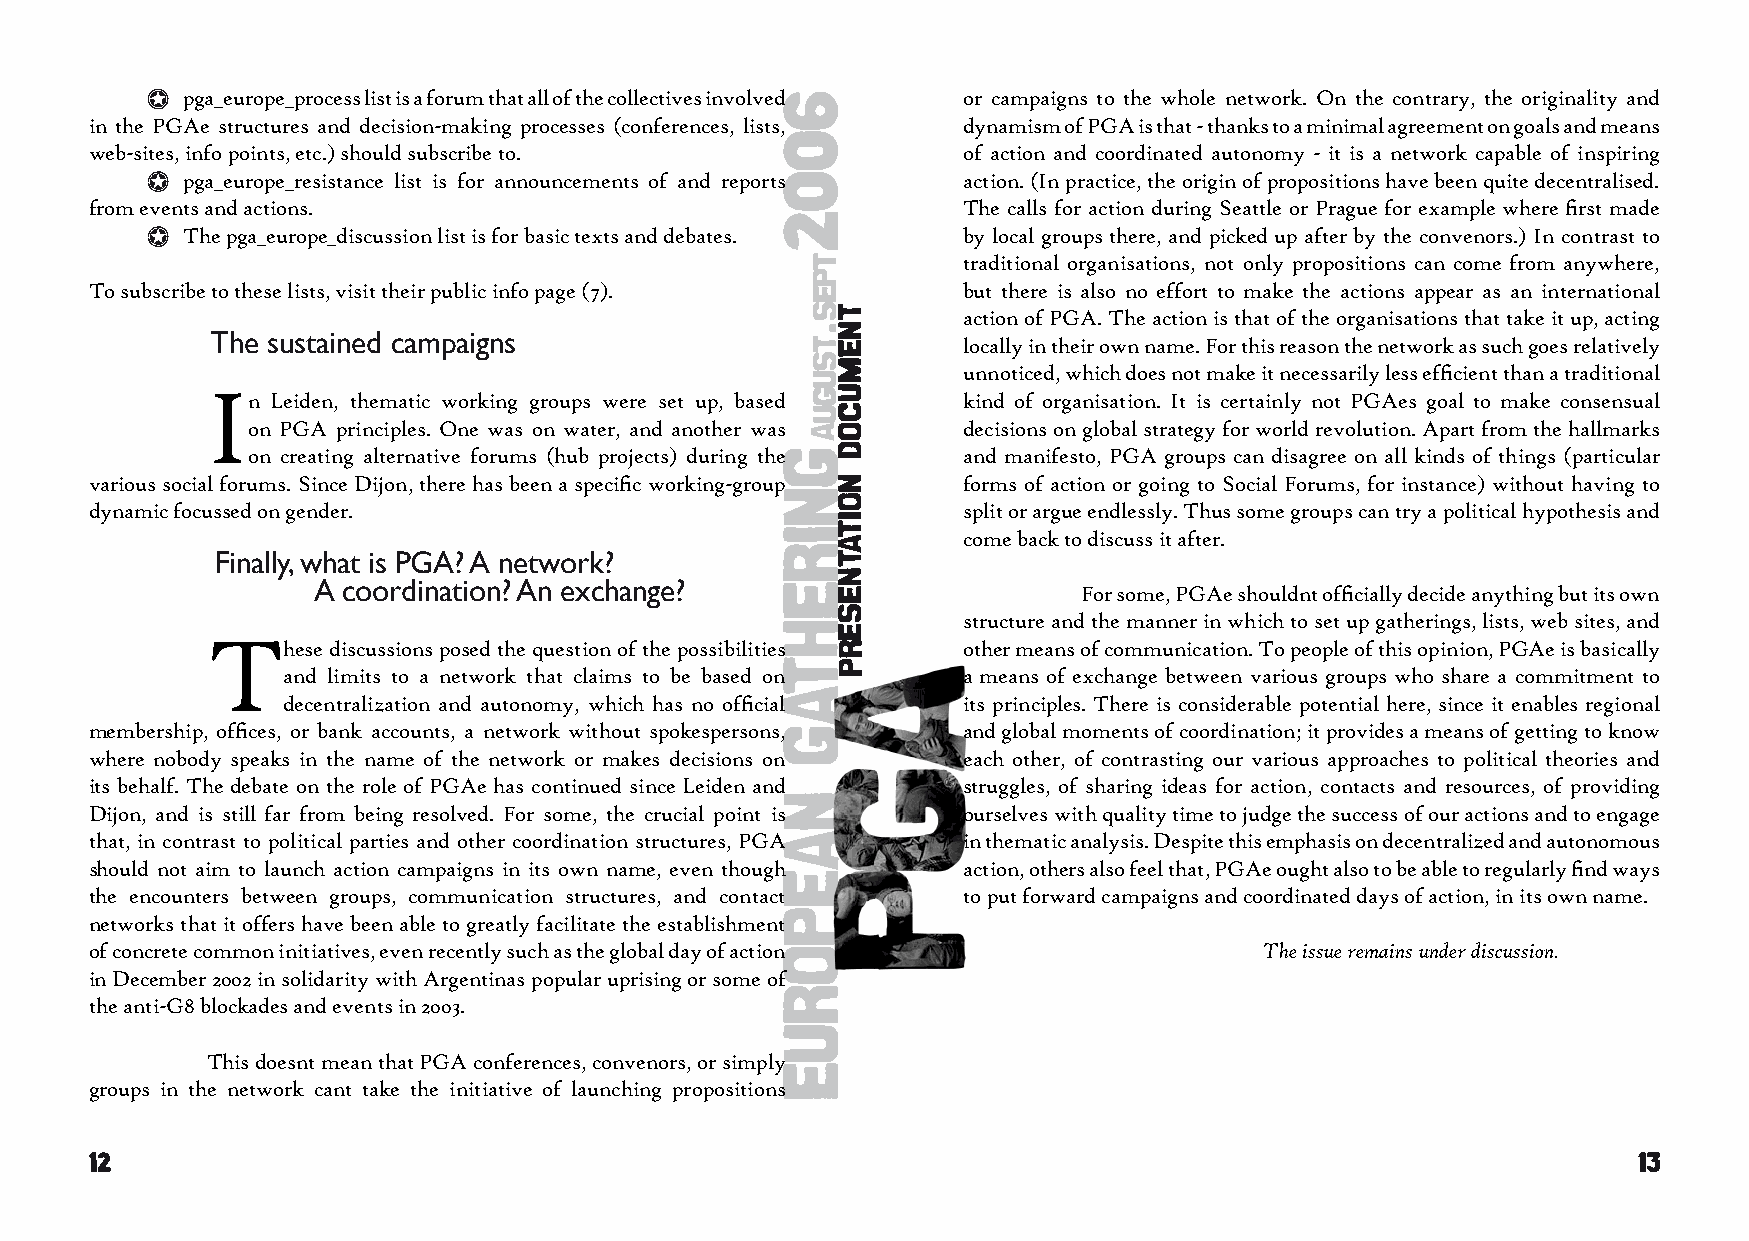
pga_europe_process list is a forum that all of the collectives involved or campaigns to the whole network. On the contrary, the originality and
 in the PGAe structures and decision-making processes (conferences, lists, dynamism of PGA is that - thanks to a minimal agreement on goals and means
 web-sites, info points, etc.) should subscribe to.        of action and coordinated autonomy - it is a network capable of inspiring
 pga_europe_resistance list is for announcements of and reports action. (In practice, the origin of propositions have been quite decentralised.
 from events and actions.                                  The calls for action during Seattle or Prague for example where first made
 The pga_europe_discussion list is for basic texts and debates. by local groups there, and picked up after by the convenors.) In contrast to
 traditional organisations, not only propositions can come from anywhere,
 To subscribe to these lists, visit their public info page (7). but there is also no effort to make the actions appear as an international
 action of PGA. The action is that of the organisations that take it up, acting
 The sustained campaigns
 locally in their own name. For this reason the network as such goes relatively
 unnoticed, which does not make it necessarily less efficient than a traditional
 I
 n Leiden, thematic working groups were set up, based kind of organisation. It is certainly not PGAes goal to make consensual
 on PGA principles. One was on water, and another was decisions on global strategy for world revolution. Apart from the hallmarks
 on creating alternative forums (hub projects) during the and manifesto, PGA groups can disagree on all kinds of things (particular
 various social forums. Since Dijon, there has been a specific working-group forms of action or going to Social Forums, for instance) without having to
 dynamic focussed on gender.                               split or argue endlessly. Thus some groups can try a political hypothesis and
 come back to discuss it after.
 Finally, what is PGA? A network?
 A coordination? An exchange?
 For some, PGAe shouldnt officially decide anything but its own
 structure and the manner in which to set up gatherings, lists, web sites, and
 T
 hese discussions posed the question of the possibilities other means of communication. To people of this opinion, PGAe is basically
 and limits to a network that claims to be based on a means of exchange between various groups who share a commitment to
 decentralization and autonomy, which has no official its principles. There is considerable potential here, since it enables regional
 membership, offices, or bank accounts, a network without spokespersons, and global moments of coordination; it provides a means of getting to know
 where nobody speaks in the name of the network or makes decisions on each other, of contrasting our various approaches to political theories and
 its behalf. The debate on the role of PGAe has continued since Leiden and struggles, of sharing ideas for action, contacts and resources, of providing
 Dijon, and is still far from being resolved. For some, the crucial point is ourselves with quality time to judge the success of our actions and to engage
 that, in contrast to political parties and other coordination structures, PGA in thematic analysis. Despite this emphasis on decentralized and autonomous
 should not aim to launch action campaigns in its own name, even though action, others also feel that, PGAe ought also to be able to regularly find ways
 the encounters between groups, communication structures, and contact to put forward campaigns and coordinated days of action, in its own name.
 networks that it offers have been able to greatly facilitate the establishment
 of concrete common initiatives, even recently such as the global day of action The issue remains under discussion.
 in December 2002 in solidarity with Argentinas popular uprising or some of
 the anti-G8 blockades and events in 2003.
 This doesnt mean that PGA conferences, convenors, or simply
 groups in the network cant take the initiative of launching propositions